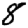
Digit: 8